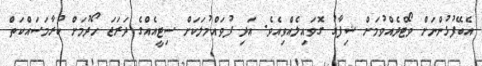
އެބޭފުޅުންނަށް ވޯޓްދެއްވުމަށް ޝިފާގު ގޮވައިލެއްވިއެވެ. އަދި ފުވައްމުލަކަށް ސިޓީއެއްގެ ދަރަޖަ ހޯދުމަށް ކުރާމަސައްކަތް